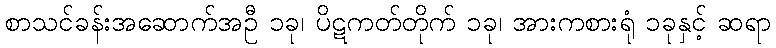
စာသင်ခန်းအဆောက်အဦ ၁ခု၊ ပိဋကတ်တိုက် ၁ခု၊ အားကစားရုံ ၁ခုနှင့် ဆရာ